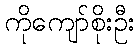
ကိုကျော်စိုးဦး